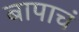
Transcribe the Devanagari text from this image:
बापाचं